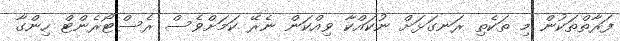
ފަރާތްތަކުން މި ތަކެތި ރަނގަޅަށް ނުކައްކާ ވިއްކަން ނެރޭ ކަމަށްވެސް ރެސްޓޯރެންޓް ހިންގާ